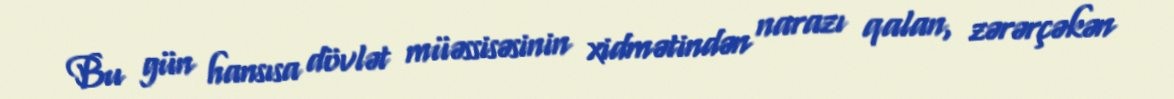
Bu gün hansısa dövlət müəssisəsinin xidmətindən narazı qalan, zərərçəkən